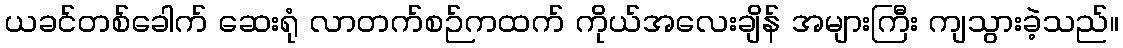
ယခင်တစ်ခေါက် ဆေးရုံ လာတက်စဉ်ကထက် ကိုယ်အလေးချိန် အများကြီး ကျသွားခဲ့သည်။